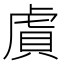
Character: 𬟫